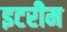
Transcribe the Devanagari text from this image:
इटरीम